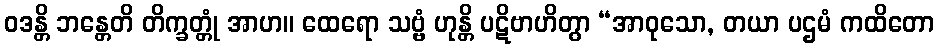
ဝဒန္တိ ဘန္တေတိ တိက္ခတ္တုံ အာဟ။ ထေရော သဗ္ဗံ ဟုန္တိ ပဋိဗာဟိတွာ “အာဝုသော, တယာ ပဌမံ ကထိတော